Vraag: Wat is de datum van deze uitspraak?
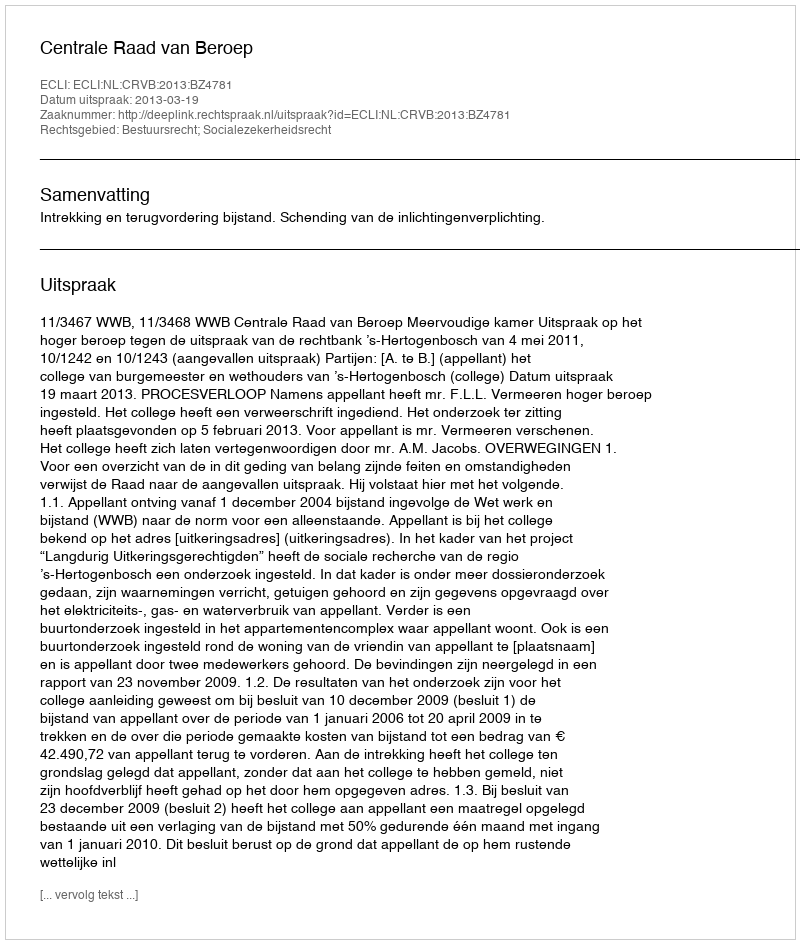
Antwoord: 2013-03-19